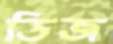
ডিজ